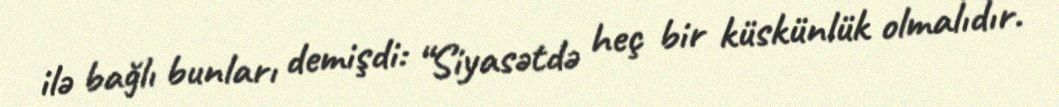
ilə bağlı bunları demişdi: “Siyasətdə heç bir küskünlük olmalıdır.